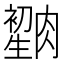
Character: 𦠫